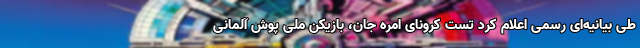
طی بیانیه‌ای رسمی اعلام کرد تست کرونای امره جان، بازیکن ملی پوش آلمانی